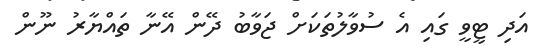
އަދި ޓީވީ ގައި އެ ސުވާލުތަކަށް ޖަވާބު ދޭން އޭނާ ތައްޔާރު ނޫން